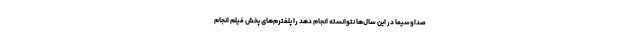
صداوسیما در این سال‌ها نتوانسته انجام دهد را پلفترم‌های پخش فیلم انجام